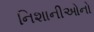
નિશાનીઓનો